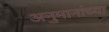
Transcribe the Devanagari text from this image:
अनुमानांच्या